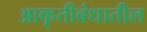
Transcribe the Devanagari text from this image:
आकृतीबंधातील